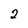
Character: 2